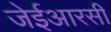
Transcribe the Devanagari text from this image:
जेईआरसी